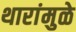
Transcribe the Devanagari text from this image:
थारांमुळे